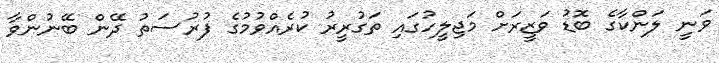
ވަނީ ލަންކާގެ ބޮޑު ވަޒީރަށް މަޖިލީހުގައި ތަގުރީރު ކުރެއްވުމުގެ ފުރުސަތު ދޭން ބޭނުންވާ